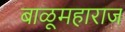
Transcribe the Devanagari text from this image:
बाळूमहाराज